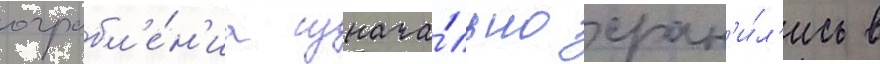
ограбл'е́н'иа изнача́льно хран'и́л'ись в